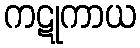
ကဋုကာယ